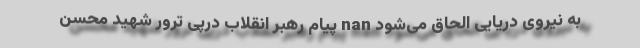
به نیروی دریایی الحاق می‌شود nan پیام رهبر انقلاب درپی ترور شهید محسن